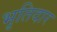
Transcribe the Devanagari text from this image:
भृतिदार